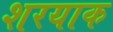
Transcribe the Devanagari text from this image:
शरयाक